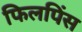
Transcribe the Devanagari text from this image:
फिलपिंस